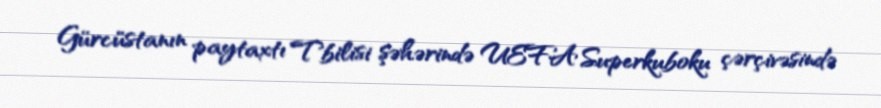
Gürcüstanın paytaxtı Tbilisi şəhərində UEFA Superkuboku çərçivəsində